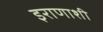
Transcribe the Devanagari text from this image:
इराणाशी